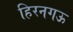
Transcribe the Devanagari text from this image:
हिरनगऊ